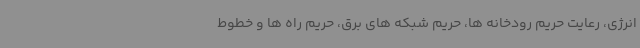
انرژی، رعایت حریم رودخانه ها، حریم شبکه های برق، حریم راه ها و خطوط